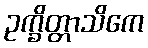
ဥက္ခိတ္တာသိကေ